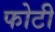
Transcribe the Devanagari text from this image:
फोटी